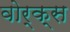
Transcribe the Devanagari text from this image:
वोर्क्स